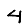
Digit: 4